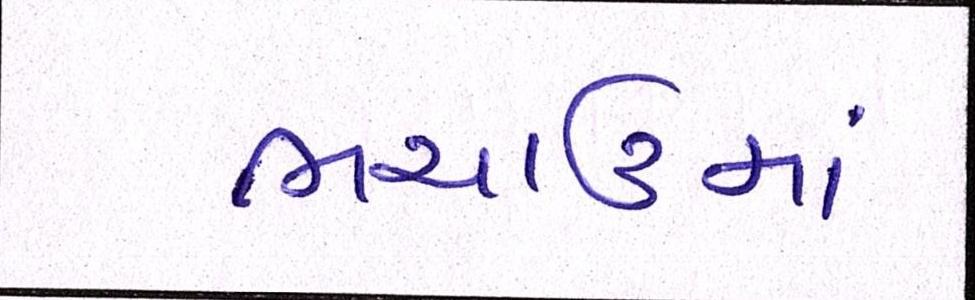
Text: ભચાઉમાં